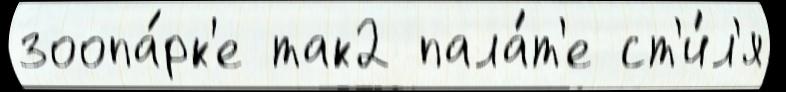
зоопа́рк'е так2 пала́т'е ст'и́л'я